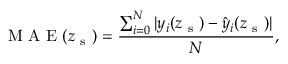
\mathrm { ~ M ~ A ~ E ~ } ( z _ { \mathrm { ~ s ~ } } ) = \frac { \sum _ { i = 0 } ^ { N } | y _ { i } ( z _ { \mathrm { ~ s ~ } } ) - \hat { y } _ { i } ( z _ { \mathrm { ~ s ~ } } ) | } { N } ,